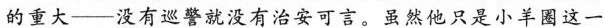
的重大—没有巡警就没有治安可言。虽然他只是小羊圆这一